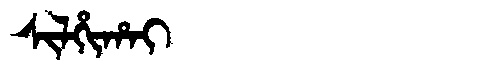
Manchu: ᠰᡳᠯᡥᡳᡥᠠᡳ
Romanization: SILHIHAI